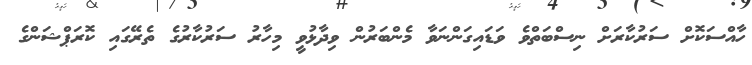
ހާއްސަކޮށް ސަރުކާރަށް ނިސްބަތްވެ ވަޑައިގަންނަވާ މެންބަރުން ވިދާޅުވީ މިހާރު ސަރުކާރުގެ ތެރޭގައި ކޮރަޕްޝަންގެ